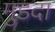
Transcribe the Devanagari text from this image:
मुडदा